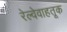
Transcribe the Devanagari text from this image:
रेल्वेवाहतूक